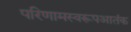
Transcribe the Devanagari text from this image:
परिणामस्वरूपआतंक